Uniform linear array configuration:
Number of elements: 48
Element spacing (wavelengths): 0.75
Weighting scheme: hamming
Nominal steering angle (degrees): -60
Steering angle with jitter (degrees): -59.798
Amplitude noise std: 0.05
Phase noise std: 0.05

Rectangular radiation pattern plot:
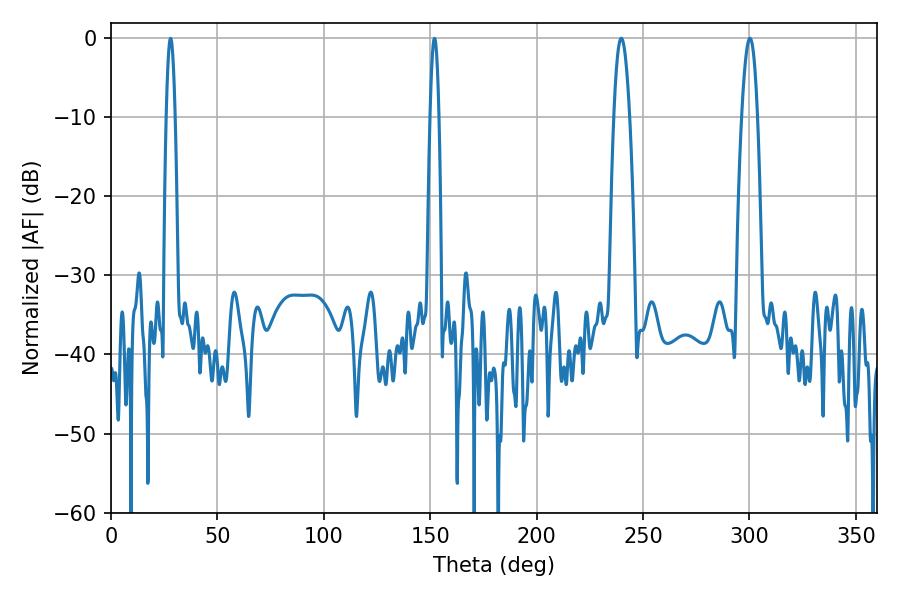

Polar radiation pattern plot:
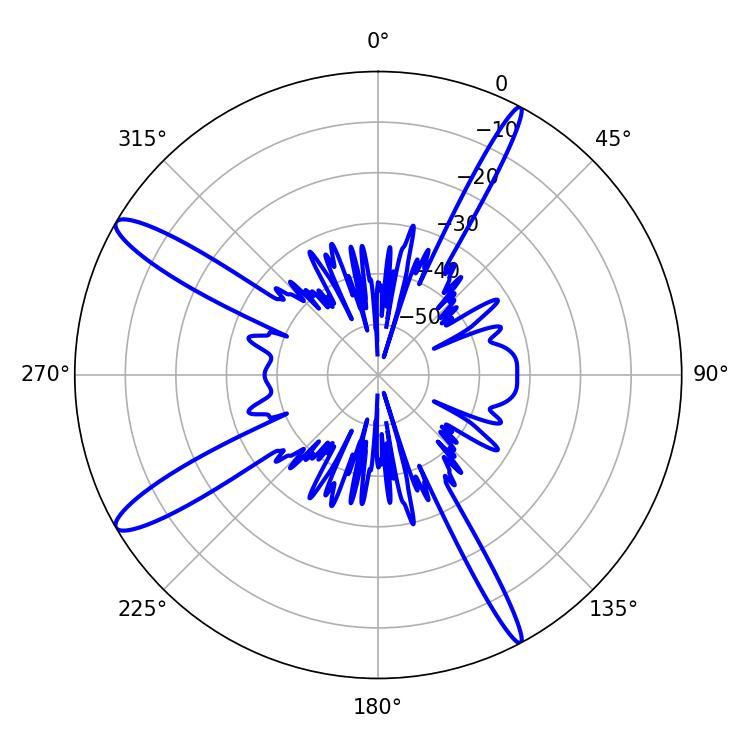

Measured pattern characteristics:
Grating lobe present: TRUE
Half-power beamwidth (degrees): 4.14
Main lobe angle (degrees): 300.24